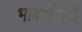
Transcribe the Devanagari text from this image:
भावगीताची